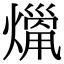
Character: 𤎞